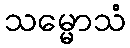
သမ္မောသံ